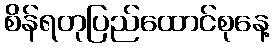
စိန်ရတုပြည်ထောင်စုနေ့